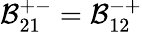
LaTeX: \mathcal{B}_{21}^{+-}=\mathcal{B}_{12}^{-+}